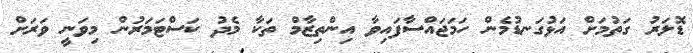
ޑޮލަރު ގަތުމަށް އަޅުގަނޑުމެން ހަމަޖައްސާފައިވާ އިންތިޒާމް ތަކާ މެދު ކަސްޓަމަރުން މިވަނީ ވަރަށް